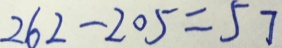
2 6 2 - 2 0 5 = 5 7